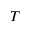
T